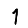
Digit: 1